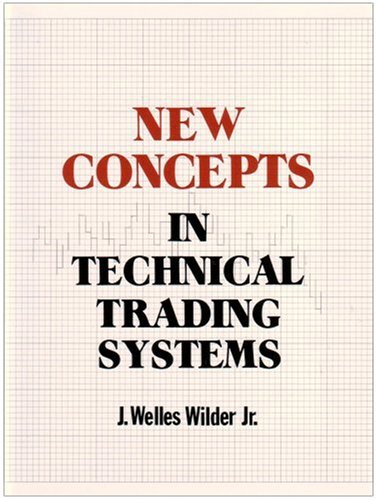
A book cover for New Concepts in Technical Trading Systems; J. Welles Wilder; Business & Money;